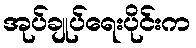
အုပ်ချုပ်ရေးပိုင်းက